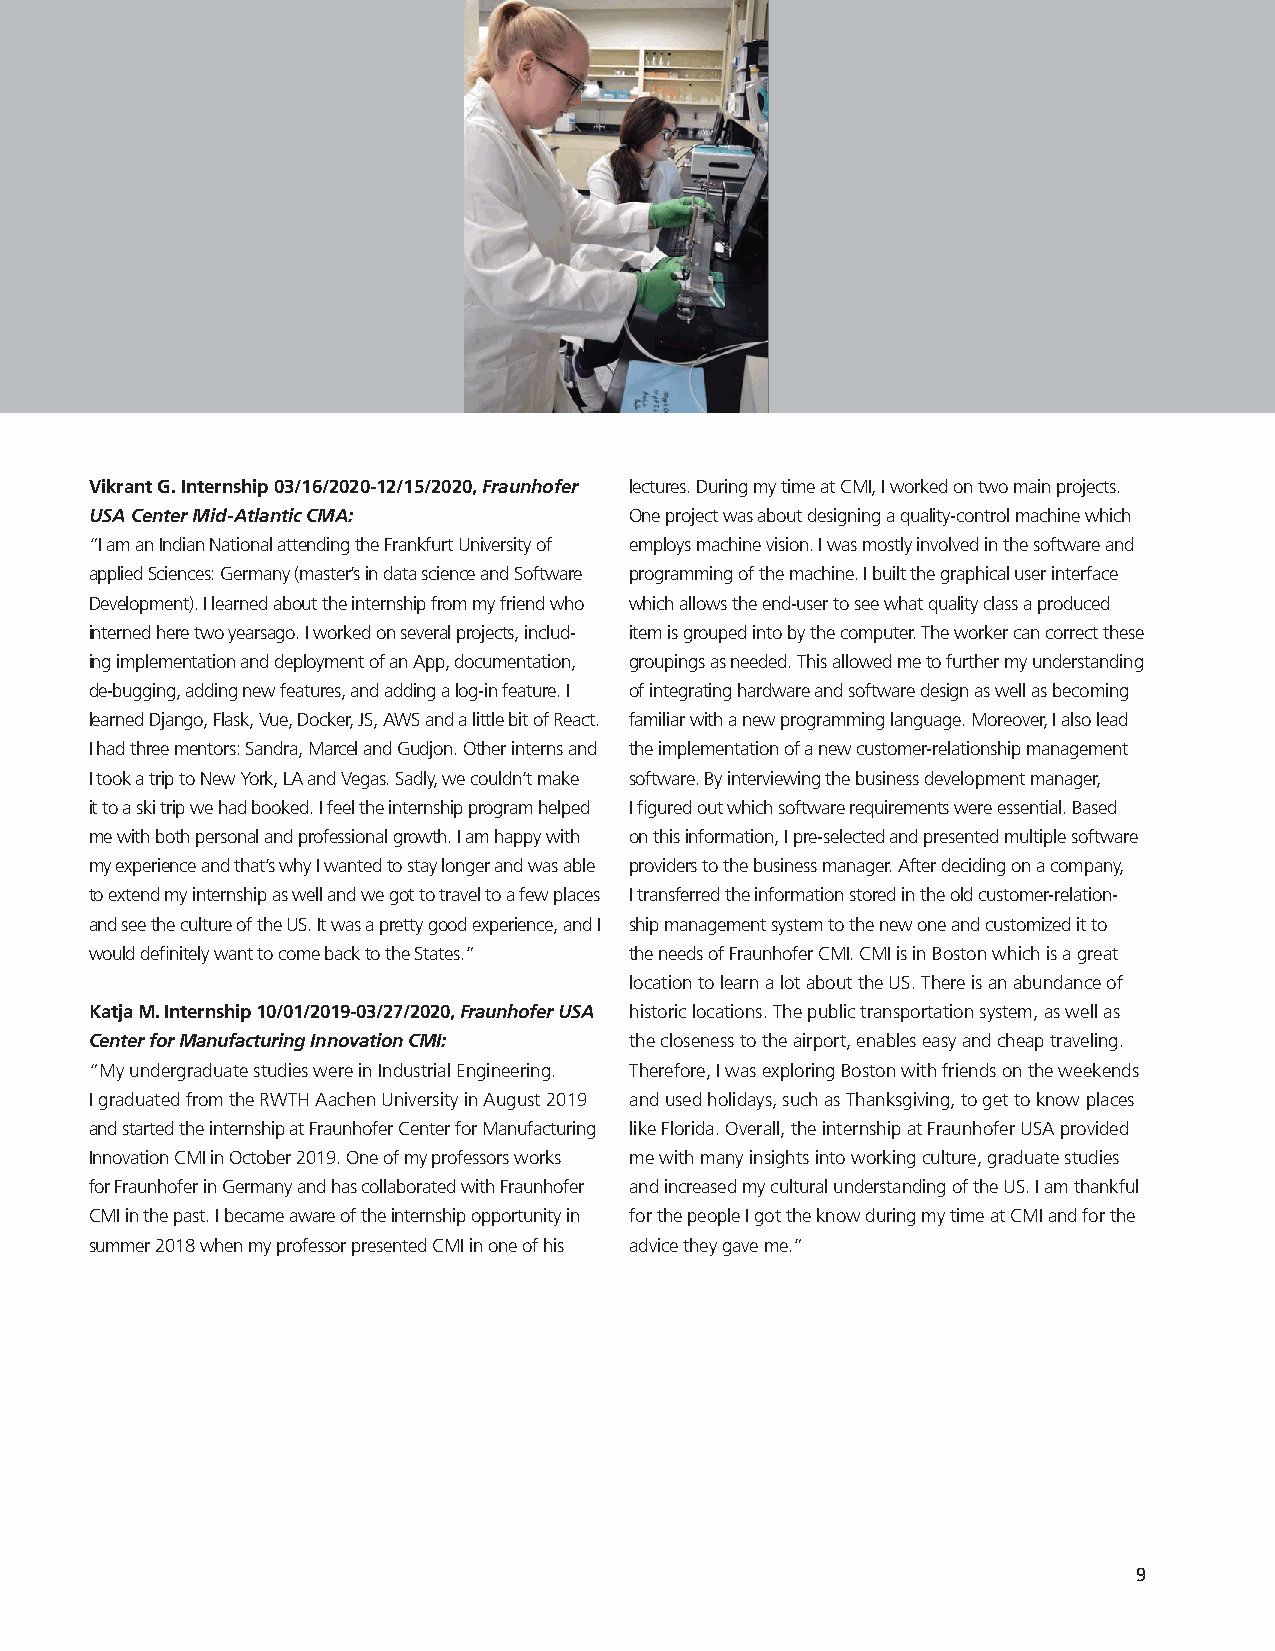
Vikrant G Internship 03/16/2020-12/15/2020, Fraunhofer lectures. During my time at CMI, I worked on two main projects.
 USA Center Mid-Atlantic CMA:        One project was about designing a quality-control machine which
 “I am an Indian National attending the Frankfurt University of employs machine vision. I was mostly involved in the software and
 applied Sciences: Germany (master’s in data science and Software programming of the machine. I built the graphical user interface
 Development). I learned about the internship from my friend who which allows the end-user to see what quality class a produced
 interned here two yearsago. I worked on several projects, includ- item is grouped into by the computer. The worker can correct these
 ing implementation and deployment of an App, documentation, groupings as needed. This allowed me to further my understanding
 de-bugging, adding new features, and adding a log-in feature. I of integrating hardware and software design as well as becoming
 learned Django, Flask, Vue, Docker, JS, AWS and a little bit of React. familiar with a new programming language. Moreover, I also lead
 I had three mentors: Sandra, Marcel and Gudjon. Other interns and the implementation of a new customer-relationship management
 I took a trip to New York, LA and Vegas. Sadly, we couldn’t make software. By interviewing the business development manager,
 it to a ski trip we had booked. I feel the internship program helped I figured out which software requirements were essential. Based
 me with both personal and professional growth. I am happy with on this information, I pre-selected and presented multiple software
 my experience and that’s why I wanted to stay longer and was able providers to the business manager. After deciding on a company,
 to extend my internship as well and we got to travel to a few places I transferred the information stored in the old customer-relation-
 and see the culture of the US. It was a pretty good experience, and I ship management system to the new one and customized it to
 would definitely want to come back to the States.” the needs of Fraunhofer CMI. CMI is in Boston which is a great
 location to learn a lot about the US. There is an abundance of
 Katja M Internship 10/01/2019-03/27/2020, Fraunhofer USA historic locations. The public transportation system, as well as
 Center for Manufacturing Innovation CMI: the closeness to the airport, enables easy and cheap traveling.
 “My undergraduate studies were in Industrial Engineering. Therefore, I was exploring Boston with friends on the weekends
 I graduated from the RWTH Aachen University in August 2019 and used holidays, such as Thanksgiving, to get to know places
 and started the internship at Fraunhofer Center for Manufacturing like Florida. Overall, the internship at Fraunhofer USA provided
 Innovation CMI in October 2019. One of my professors works me with many insights into working culture, graduate studies
 for Fraunhofer in Germany and has collaborated with Fraunhofer and increased my cultural understanding of the US. I am thankful
 CMI in the past. I became aware of the internship opportunity in for the people I got the know during my time at CMI and for the
 summer 2018 when my professor presented CMI in one of his advice they gave me.”
 9